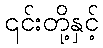
၎င်းတို့နှင့်